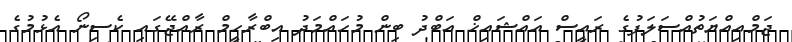
ޖަމްއިއްޔަތުއްސަލަފުގެ ރައީސް އައްޝައިޚް އަބްދު ބިން މުހައްމަދު އިބްރާހީމް ރާއްޖޭގައި ކެސިނޯ އެޅުމުގެ